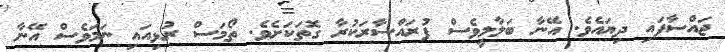
ޖައްސާފައި ދިޔައެވެ. އޭނާ ބަލާލީވެސް ފުރައްސާރަކުރާ ގޮތަކަށެވެ. ތޯމަސް ރުޅިއައި ނަމަވެސް އޭނާ